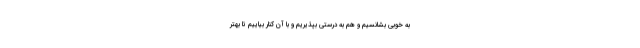
به خوبی بشانسیم و هم به درستی بپذیریم و با آن کنار بیاییم تا بهتر